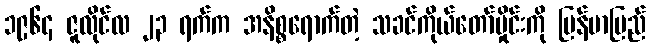
၁၉၆၄ ဇူလိုင်လ ၂၃ ရက်က အနိစ္စရောက်တဲ့ သခင်ကိုယ်တော်မှိုင်းကို မြန်မာပြည်